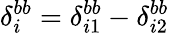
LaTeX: \delta_{i}^{bb}=\delta_{i1}^{bb}-\delta_{i2}^{bb}